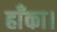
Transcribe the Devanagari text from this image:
हाँका।